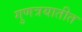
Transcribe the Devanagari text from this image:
गुणत्रयातीत